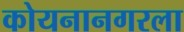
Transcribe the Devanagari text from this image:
कोयनानगरला